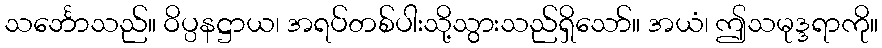
သင်္ဘောသည်။ ဝိပ္ပနဋ္ဌာယ၊ အရပ်တစ်ပါးသို့သွားသည်ရှိသော်။ အယံ၊ ဤသမုဒ္ဒရာကို။